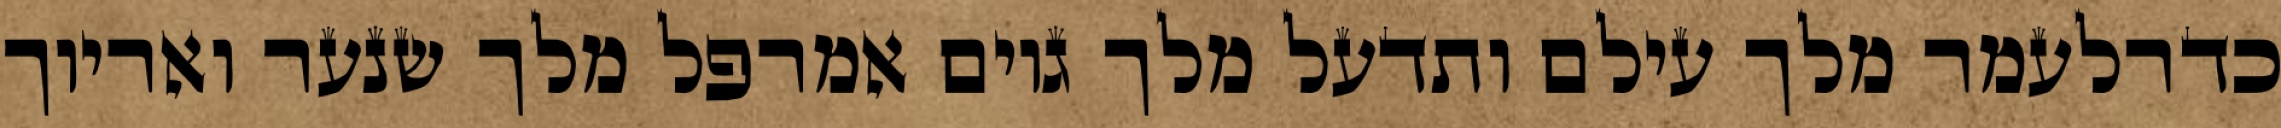
כדרלעמר מלך עילם ותדעל מלך גוים אמרפל מלך שנער ואריוך